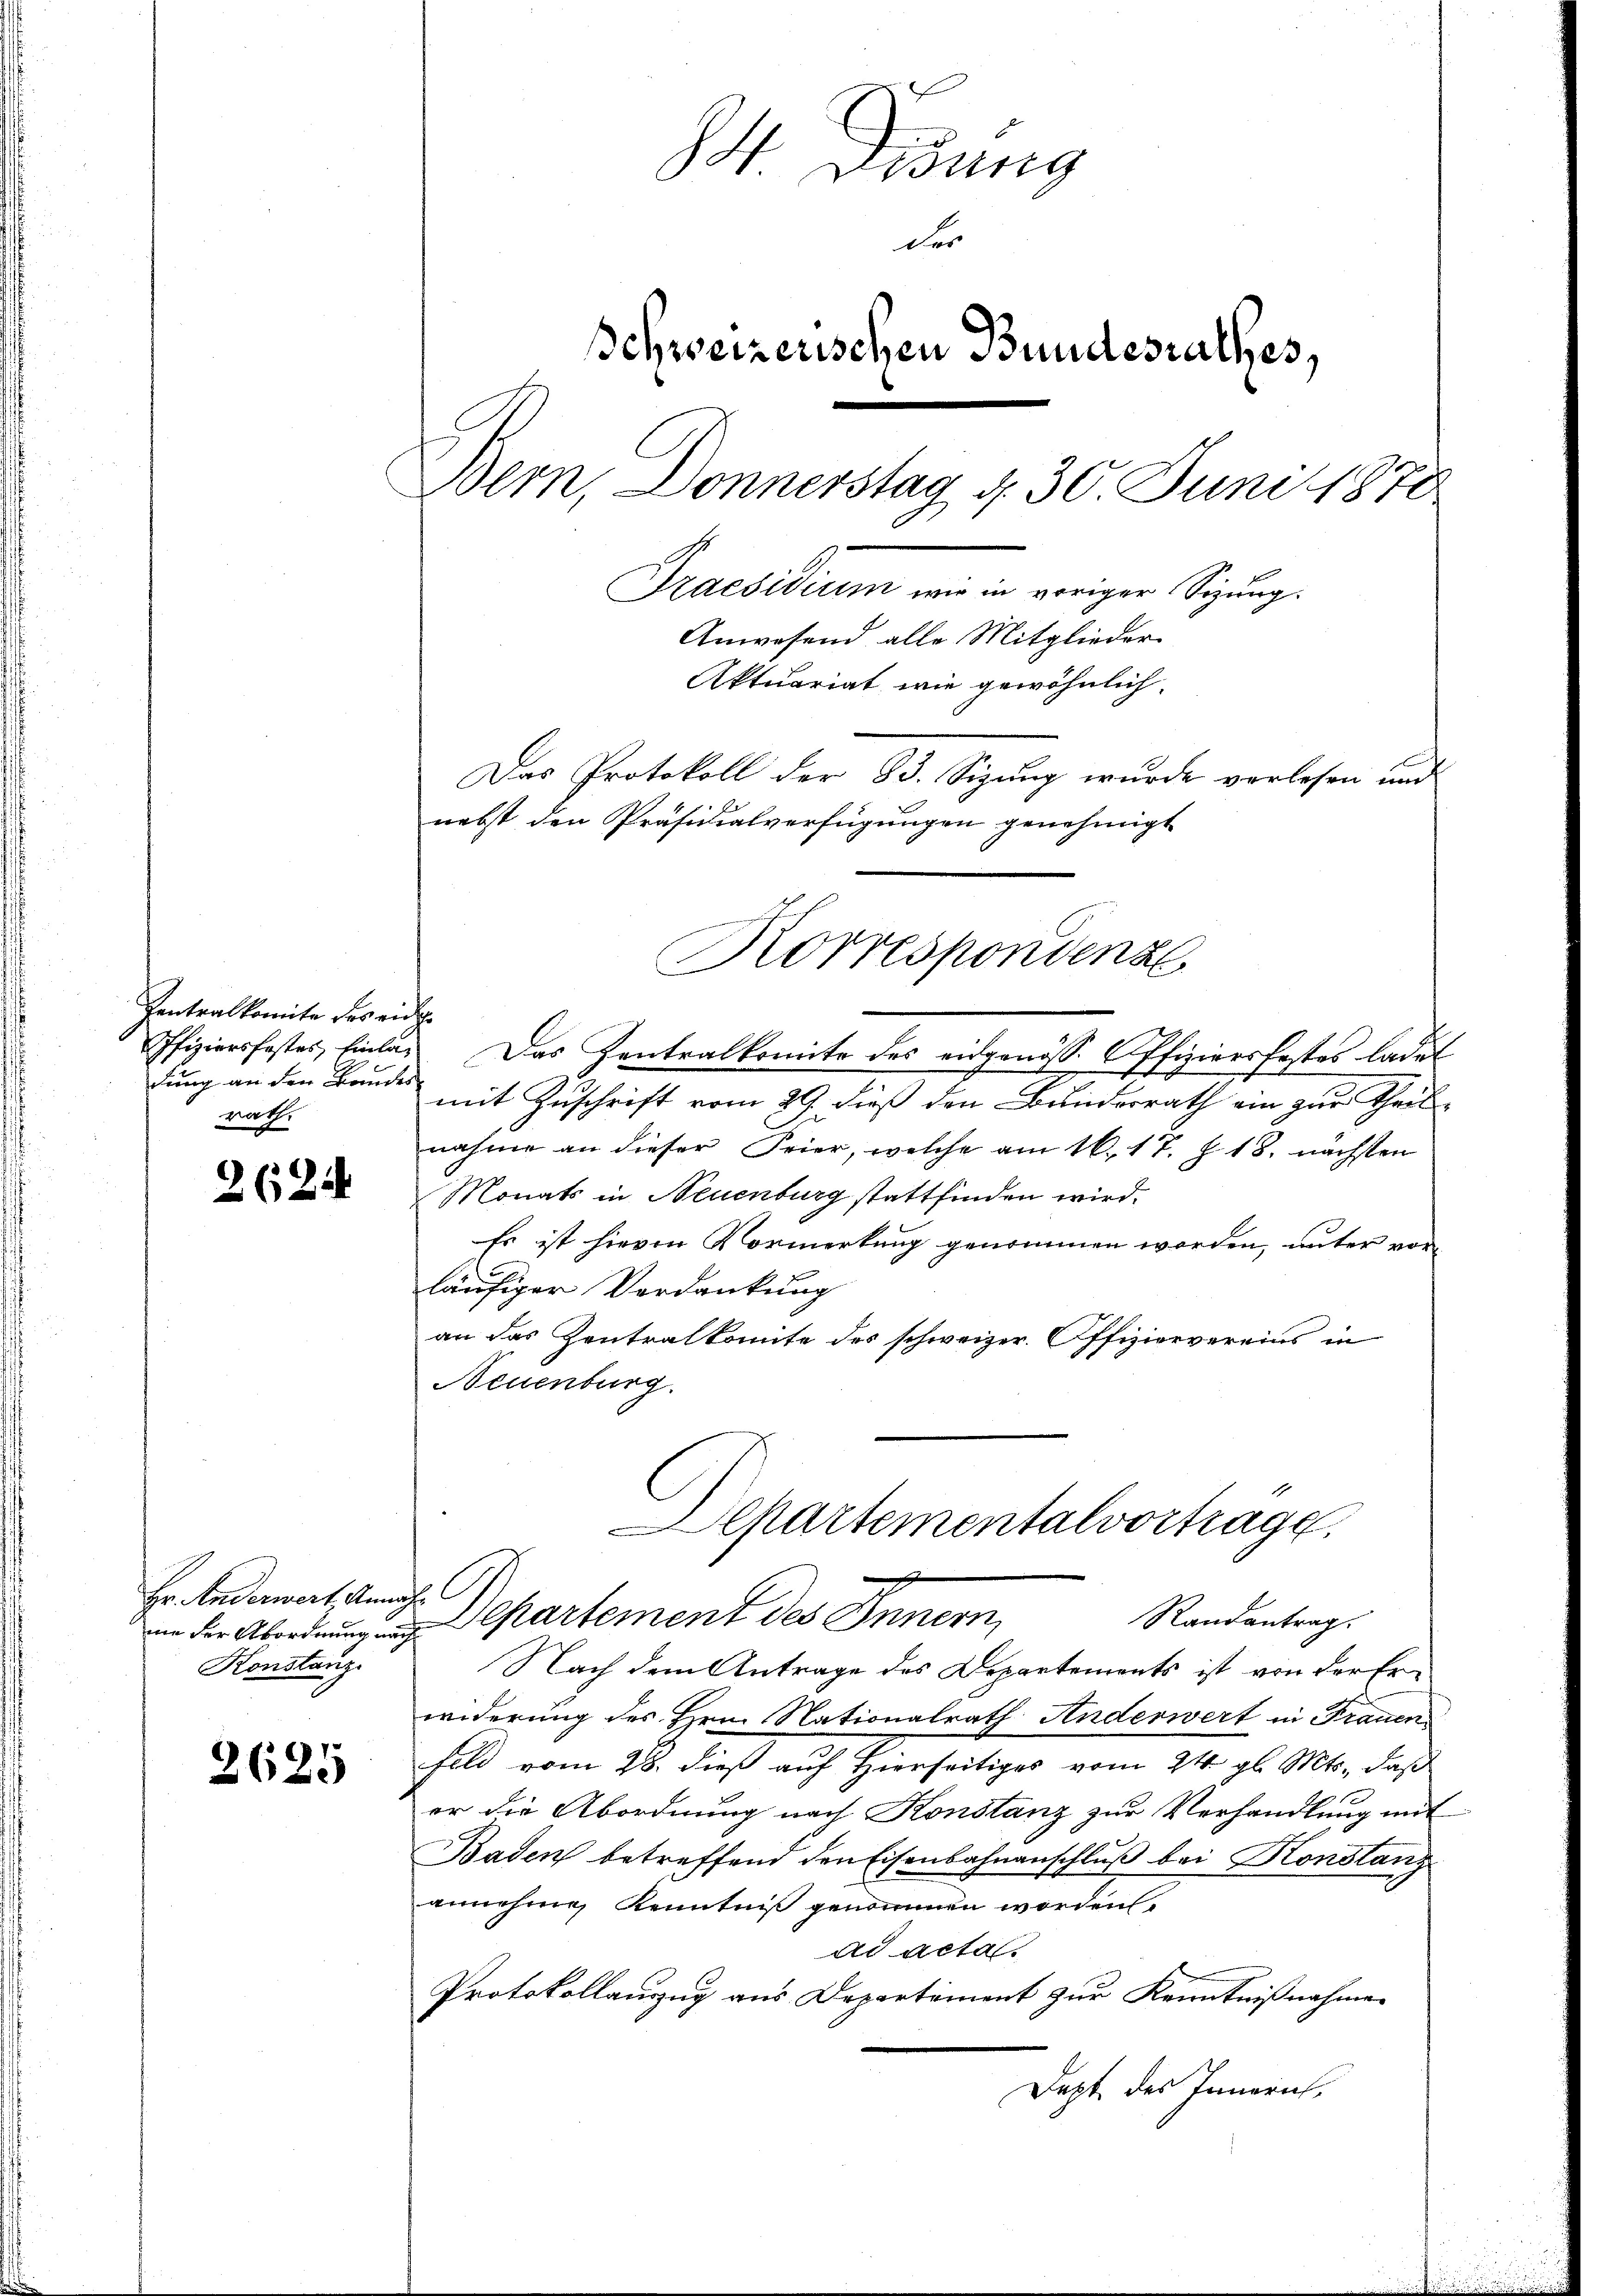
Zentralkomite des eidge
dung an den Bandes-
rath,

2624

Hr. Anderwert, Anna
mme der Abordnung nach
Konstanz

2625

84 Didung
der
schweizerischen Bundesrathes,
Bern, Donnerstag, d. 30. Juni 1870
Praesidium wie in voriger Signung.
Anwesend alle Mitglieder
Aktuariat wie gewöhnlich
Das Protokoll der 83. Sizung wurde verlesen und
nebst den Präsidialverfügungen genehmigt

mit Zuschrift vom 29. dieß den Bunderrath ein zur Theil-
nahme an dieser Feier, welche am 16. 17. Z. 18. nächsten
Monats in Neuenburg stattfinden wird.
Es ist hievon Vormerkung genommen worden, unter vorläufiger Verdankung
an das Zentralkomite des schweizer. Offiziervereins in
Neuenburg.

Korrespondenz
Ofiziersfestes, Einlag. Das Zentralkomite des eidgenöss. Offiziersfestes ladet

Nach dem Antrage des Departements ist von der Erwiderung des Hrn. Nationalrath Anderwert in Frauen
Feld vom 28. dieß auf Hierseitiges vom 24. gl. Mts., daß
er die Abordnung nach Konstanz zur Verhandlung mit
Baden betreffend den Eisenbahnanschluß bei Konstanz
annehme, Kenntniß genommen worden.
ad acta.
Protokollanzug aus Departement zur Kenntnißnahmen
Dept des Innern,

Departementalvortrage,
of
Departement des Innern,
Randantrag.